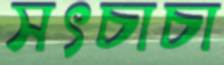
সৎচাচা